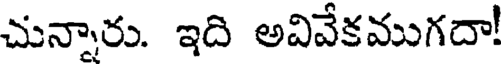
చున్నారు. ఇది అవివేకముగదా!